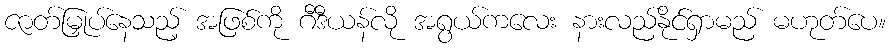
ဇာတ်မြှုပ်နေသည့် အဖြစ်ကို ဂီဒီယန်လို အရွယ်ကလေး နားလည်နိုင်ရှာမည် မဟုတ်ပေ။